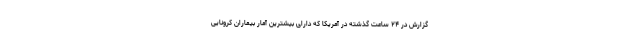
گزارش در ۲۴ ساعت گذشته در آمریکا که دارای بیشترین آمار بیماران کرونایی